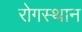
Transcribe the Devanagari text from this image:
रोगस्थान